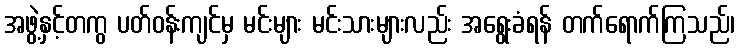
အဖွဲ့နှင့်တကွ ပတ်ဝန်းကျင်မှ မင်းများ မင်းသားများလည်း အရွေးခံရန် တက်ရောက်ကြသည်၊